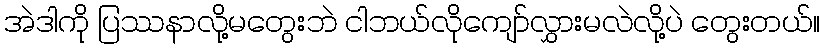
အဲဒါကို ပြဿနာလို့မတွေးဘဲ ငါဘယ်လိုကျော်လွှားမလဲလို့ပဲ တွေးတယ်။